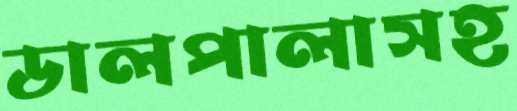
ডালপালাসহ